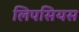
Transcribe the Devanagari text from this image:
लिपसियस